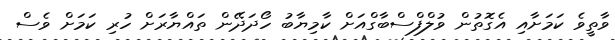
ވާތީވެ ކަމަށާއި އެގޮތުން ވުލްފްސްބާގްއަށް ކާމިޔާބު ހޯދަދޭން ތައްޔާރަށް ހުރި ކަމަށް ވެސް